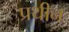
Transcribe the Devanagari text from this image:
प्रथीन